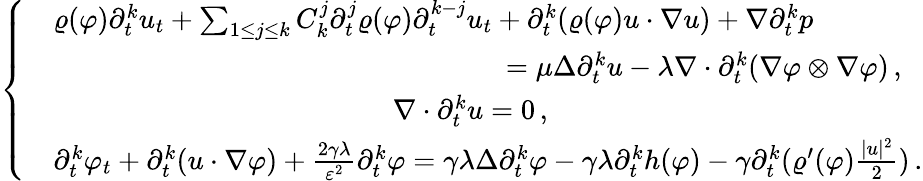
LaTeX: \left\{ \begin{array}{rl}&{\varrho(\varphi)\partial_{t}^{k}u_{t}+\sum_{1\leq j\leq k}C_{k}^{j}\partial_{t}^{j}\varrho(\varphi)\partial_{t}^{k-j}u_{t}+\partial_{t}^{k}(\varrho(\varphi)u\cdot\nabla u)+\nabla\partial_{t}^{k}p}\\ &{\qquad\qquad\qquad\qquad\qquad\qquad\qquad\qquad=\mu\Delta\partial_{t}^{k}u-\lambda\nabla\cdot\partial_{t}^{k}(\nabla\varphi\otimes\nabla\varphi)\, ,}\\ &{\qquad\qquad\qquad\qquad\qquad\qquad\nabla\cdot\partial_{t}^{k}u=0\, ,}\\ &{\partial_{t}^{k}\varphi_{t}+\partial_{t}^{k}(u\cdot\nabla\varphi)+\frac{2\gamma\lambda}{\varepsilon^{2}}\partial_{t}^{k}\varphi=\gamma\lambda\Delta\partial_{t}^{k}\varphi-\gamma\lambda\partial_{t}^{k}h(\varphi)-\gamma\partial_{t}^{k}(\varrho^{\prime}(\varphi)\frac{|u|^{2}}{2})\, .}\end{array}\right.